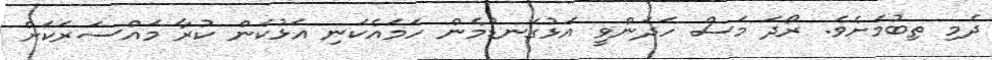
ދެމި ތިބުމަށެވެ. ރޯދަ މަސް ހަދަންވީ އަޅުގަނޑުމެން ހަމައެކަނި އަޅުކަން ކުރާ މައްސަރަކަށް